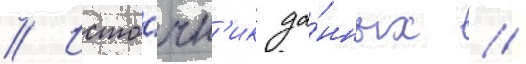
// Исто́чн'ик да́нных //